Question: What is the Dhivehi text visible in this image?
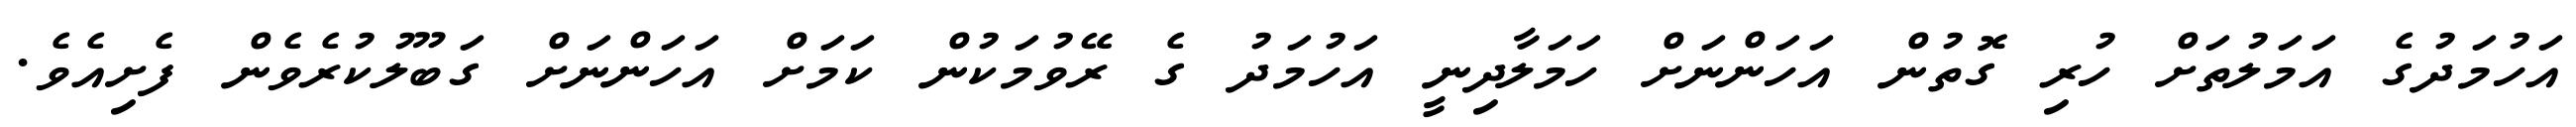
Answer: އަހުމަދުގެ އަމަލުތަށް ހުރި ގޮތުން އަހަންނަށް ހަމަލާދިނީ އަހުމަދު ގެ ރޭވުމަކުން ކަމަށް އަހަންނަށް ގަބޫލުކުރެވެން ފެށިއެވެ.